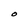
Character: O